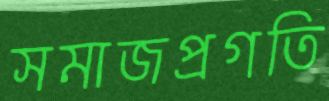
সমাজপ্রগতি